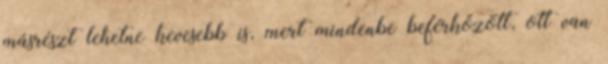
másrészt lehetne kevesebb is, mert mindenbe beférkőzött, ott van